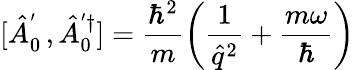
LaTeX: [\hat{A}_{0}^{'\phantom{\dagger}},\hat{A}_{0}^{'\dagger}]=\frac{\hbar^{2}}{m}\left(\frac{1}{\hat{q}^{2}}+\frac{m\omega}{\hbar}\right)